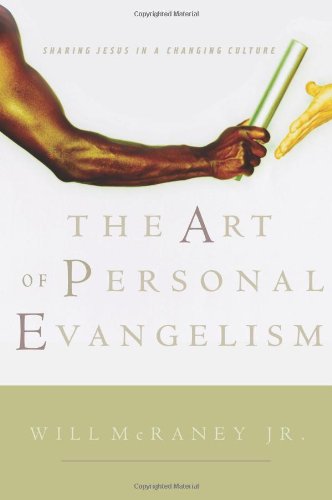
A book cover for The Art of Personal Evangelism: Sharing Jesus in a Changing Culture; Will McRaney; Christian Books & Bibles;